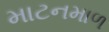
માટનમાળ